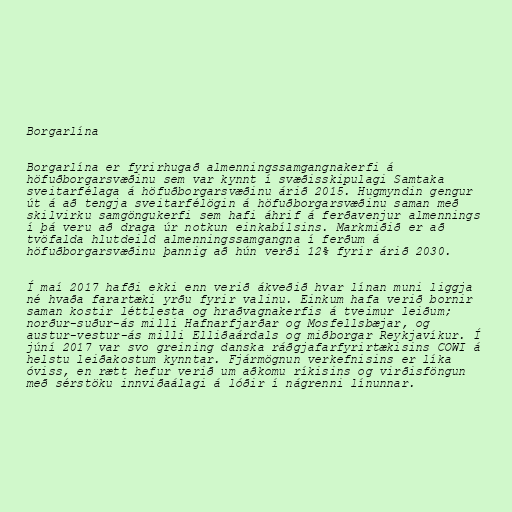
Borgarlína

Borgarlína er fyrirhugað almenningssamgangnakerfi á
höfuðborgarsvæðinu sem var kynnt í svæðisskipulagi Samtaka
sveitarfélaga á höfuðborgarsvæðinu árið 2015. Hugmyndin gengur
út á að tengja sveitarfélögin á höfuðborgarsvæðinu saman með
skilvirku samgöngukerfi sem hafi áhrif á ferðavenjur almennings
í þá veru að draga úr notkun einkabílsins. Markmiðið er að
tvöfalda hlutdeild almenningssamgangna í ferðum á
höfuðborgarsvæðinu þannig að hún verði 12% fyrir árið 2030.

Í maí 2017 hafði ekki enn verið ákveðið hvar línan muni liggja
né hvaða farartæki yrðu fyrir valinu. Einkum hafa verið bornir
saman kostir léttlesta og hraðvagnakerfis á tveimur leiðum;
norður-suður-ás milli Hafnarfjarðar og Mosfellsbæjar, og
austur-vestur-ás milli Elliðaárdals og miðborgar Reykjavíkur. Í
júní 2017 var svo greining danska ráðgjafarfyrirtækisins COWI á
helstu leiðakostum kynntar. Fjármögnun verkefnisins er líka
óviss, en rætt hefur verið um aðkomu ríkisins og virðisföngun
með sérstöku innviðaálagi á lóðir í nágrenni línunnar.